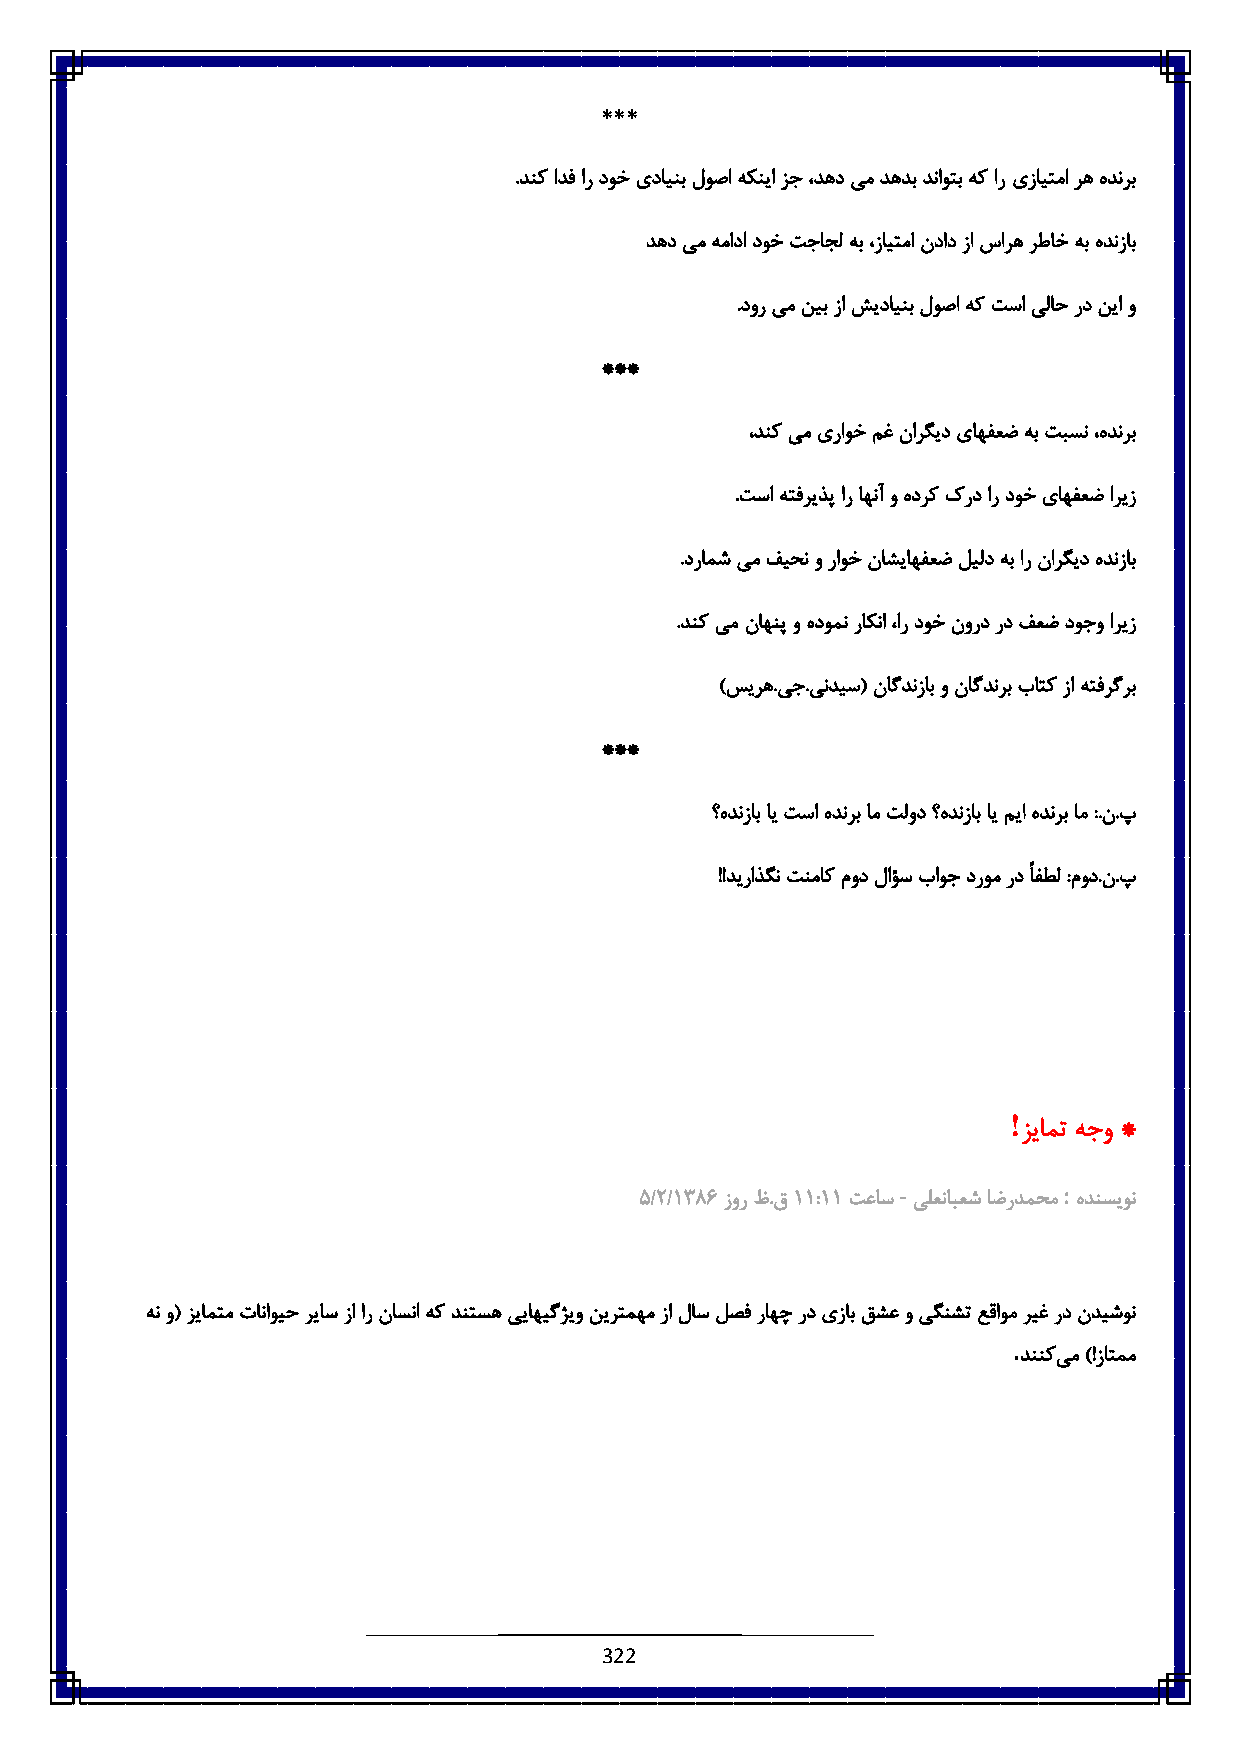
***
 .دنک ادف ار دوخ یداینب لوصا هکنیا زج ،دهد یم دهدب دناوتب هک ار یزایتما ره هدنرب
 دهد یم همادا دوخ تجاجل هب ،زایتما نداد زا ساره رطاخ هب هدنزاب
 .دور یم نیب زا شیداینب لوصا هک تسا یلاح رد نیا و
 ***
 ،دنک یم یراوخ مغ نارگید یاهفعض هب تبسن ،هدنرب
 .تسا هتفریذپ ار اهنآ و هدرک کرد ار دوخ یاهفعض اریز
 .درامش یم فیحن و راوخ ناشیاهفعض لیلد هب ار نارگید هدنزاب
 .دنک یم ناهنپ و هدومن راکنا ،ار دوخ نورد رد فعض دوجو اریز
 )سیره.یج.یندیس( ناگدنزاب و ناگدنرب باتک زا هتفرگرب
 ***
 ؟هدنزاب ای تسا هدنرب ام تلود ؟هدنزاب ای میا هدنرب ام :.ن.پ
 !!دیراذگن تنماک مود لاؤس باوج دروم رد ًافطل :مود.ن.پ
 !
 زیامت هجو *
 -          :
 ٠/:/6831 زور ظ.ق6 6:66 تعاس یلعنابعش اضردمحم هدنسیون
 هن و( زیامتم تاناویح ریاس زا ار ناسنا هک دنتسه ییاهیگژیو نیرتمهم زا لاس لصف راهچ رد یزاب قشع و یگنشت عقاوم ریغ رد ندیشون
 .
 دننکی م )!زاتمم
 322